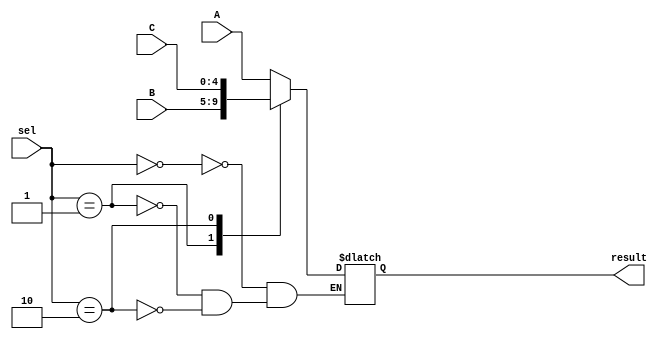
`timescale 1ns / 1ps
//////////////////////////////////////////////////////////////////////////////////
// Company: 
// Engineer: 
// 
// Design Name: 
// Module Name:    MUX_5_2_1 
// Project Name: 
// Target Devices: 
// Tool versions: 
// Description: 
//
// Dependencies: 
//
// Revision: 
// Revision 0.01 - File Created
// Additional Comments: 
//
//////////////////////////////////////////////////////////////////////////////////
module MUX5_4_1(
	 input [4:0] A,B,C,
	 input [1:0] sel,
	 output reg [4:0] result
);
	always @ (*)
		begin
			case (sel)
				2'b00:result = A;
				2'b01:result = B;
				2'b10:result = C;
			endcase
		end
endmodule